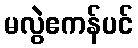
မလွဲဧကန်ပင်